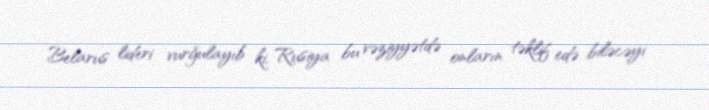
Belarus lideri vurğulayıb ki, Rusiya bu vəziyyətdə onların təklif edə biləcəyi